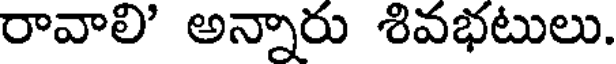
రావాలి' అన్నారు శివభటులు.